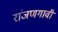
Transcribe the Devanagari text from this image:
रांजणगावी